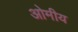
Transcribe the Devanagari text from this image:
ओमीय